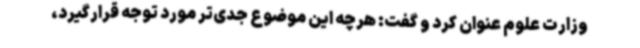
وزارت علوم عنوان کرد و گفت: هرچه این موضوع جدی‌تر مورد توجه قرارگیرد،